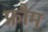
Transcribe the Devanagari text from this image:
फ्रौम